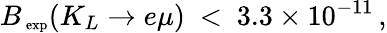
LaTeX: B_{\mathrm{\scriptsize~exp}}(K_{L}\to e\mu)\ <\ 3.3\times 10^{-11}\, ,